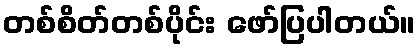
တစ်စိတ်တစ်ပိုင်း ဖော်ပြပါတယ်။